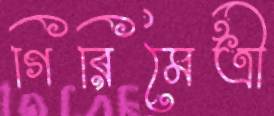
গিরিমৈত্রী